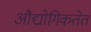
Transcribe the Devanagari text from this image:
औद्योगिकतेत